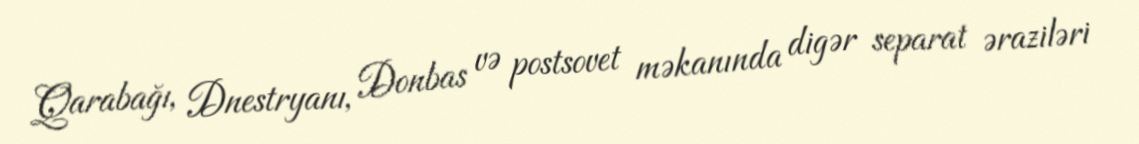
Qarabağı, Dnestryanı, Donbas və postsovet məkanında digər separat əraziləri